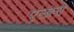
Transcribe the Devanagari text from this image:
एल्ब्रस